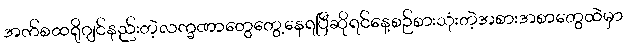
အက်စထရိုဂျင်နည်းတဲ့လက္ခဏာတွေတွေ့နေရပြီဆိုရင်နေ့စဉ်စားသုံးတဲ့အစားအစာတွေထဲမှာ